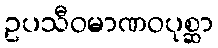
ဥပသီဝမာဏဝပုစ္ဆာ